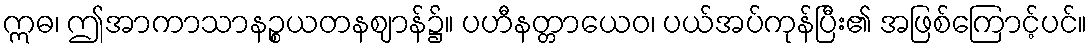
ဣဓ၊ ဤအာကာသာနဉ္စယတနဈာန်၌။ ပဟီနတ္တာယေဝ၊ ပယ်အပ်ကုန်ပြီး၏ အဖြစ်ကြောင့်ပင်။